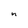
Character: n